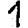
Digit: 1